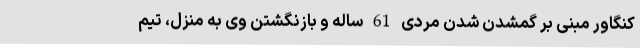
کنگاور مبنی بر گمشدن شدن مردی 61 ساله و بازنگشتن وی به منزل، تیم